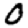
Digit: 0